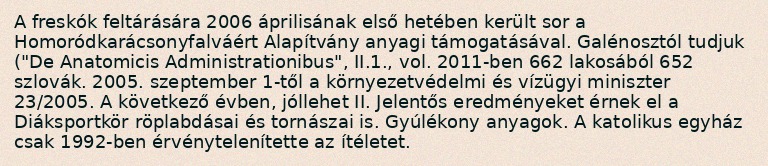
A freskók feltárására 2006 áprilisának első hetében került sor a Homoródkarácsonyfalváért Alapítvány anyagi támogatásával. Galénosztól tudjuk ("De Anatomicis Administrationibus", II.1., vol. 2011-ben 662 lakosából 652 szlovák. 2005. szeptember 1-től a környezetvédelmi és vízügyi miniszter 23/2005. A következő évben, jóllehet II. Jelentős eredményeket érnek el a Diáksportkör röplabdásai és tornászai is. Gyúlékony anyagok. A katolikus egyház csak 1992-ben érvénytelenítette az ítéletet.